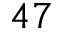
4 7